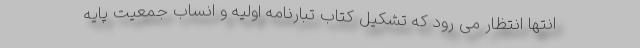
انتها انتظار می رود که تشکیل کتاب تبارنامه اولیه و انساب جمعیت پایه